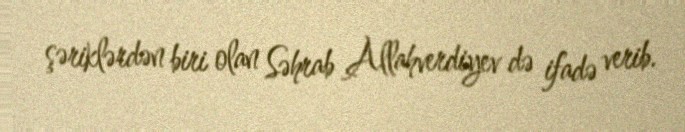
şəriklərdən biri olan Səhrab Allahverdiyev də ifadə verib.